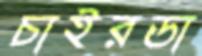
চাইরডা